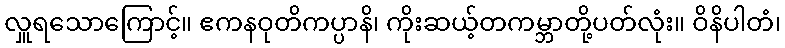
လှူရသောကြောင့်။ ဧကနဝုတိကပ္ပာနိ၊ ကိုးဆယ့်တကမ္ဘာတို့ပတ်လုံး။ ဝိနိပါတံ၊